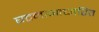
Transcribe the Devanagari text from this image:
घटनाआधारित